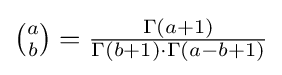
{\textstyle {\binom {a}{b}}={\frac {\Gamma \left(a+1\right)}{\Gamma \left(b+1\right)\cdot \Gamma \left(a-b+1\right)}}}